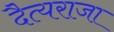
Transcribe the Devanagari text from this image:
दैत्यराजा